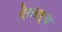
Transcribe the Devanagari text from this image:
ऐतदर्थ